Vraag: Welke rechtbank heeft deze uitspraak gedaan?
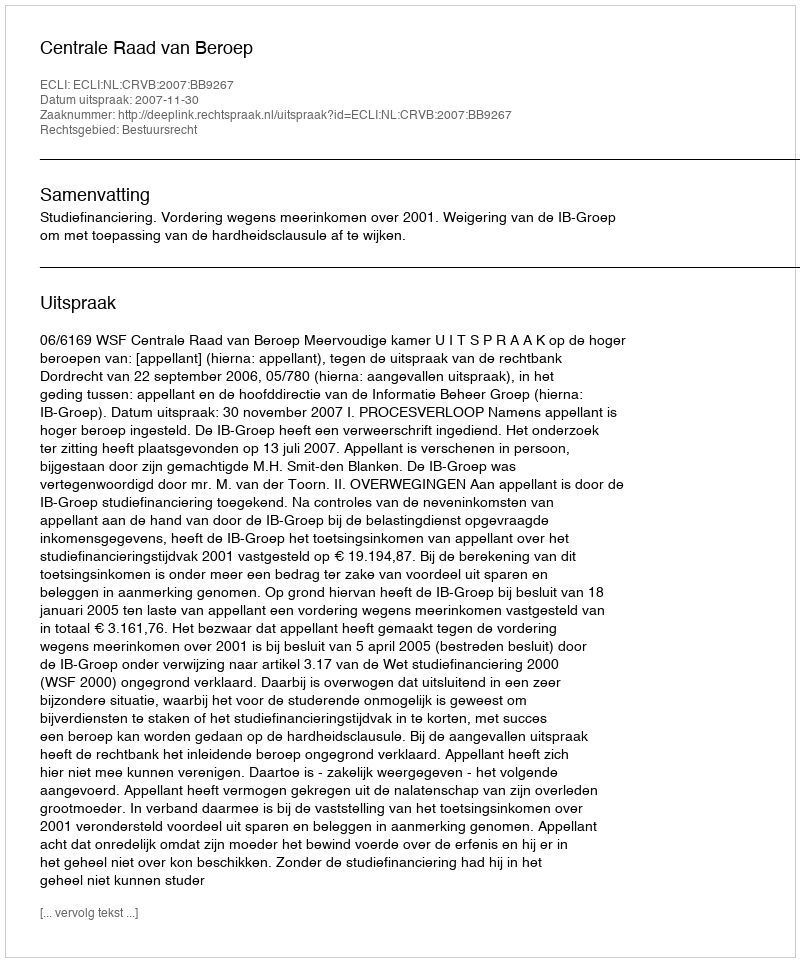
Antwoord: Centrale Raad van Beroep